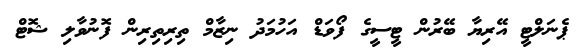
ޕެނަލްޓީ އޭރިޔާ ބޭރުން ޓީސީގެ ފޯވަޑް އަހުމަދު ނިޒާމް ތިރިތިރިން ފޮނުވާލި ޝޮޓް